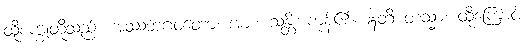
ထိုစက္ခုတို့သည်။ အဿဘဂဝတော၊ အား။ သန္တိ၊ ကုန်၏။ ဣတိ တသ္မာ၊ ထိုကြောင့်။